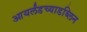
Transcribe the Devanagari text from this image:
आयर्लंडच्याडब्लिन